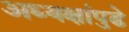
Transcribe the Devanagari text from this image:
अध्यक्षांपुढे